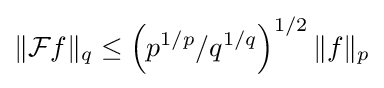
\|{\mathcal {F}}f\|_{q}\leq \left(p^{1/p}/q^{1/q}\right)^{1/2}\|f\|_{p}